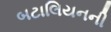
બટાલિયનની